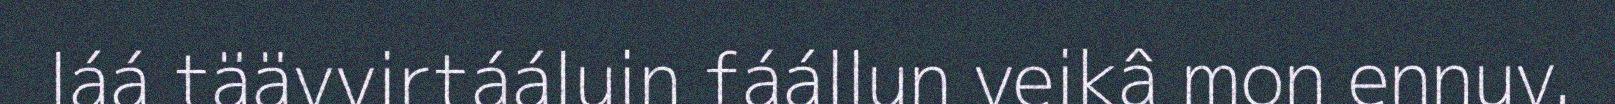
láá täävvirtááluin fáállun veikâ mon ennuv.